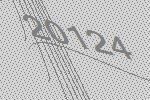
20124